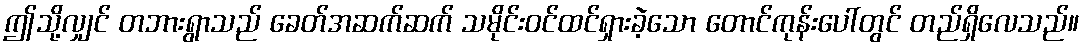
ဤသို့လျှင် တဘားရွာသည် ခေတ်အဆက်ဆက် သမိုင်းဝင်ထင်ရှားခဲ့သော တောင်ကုန်းပေါ်တွင် တည်ရှိလေသည်။